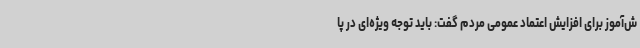
ش‌آموز برای افزایش اعتماد عمومی مردم گفت: باید توجه ویژه‌ای در پا